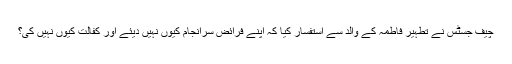
چیف جسٹس نے تطہیر فاطمہ کے والد سے استفسار کیا کہ اپنے فرائض سرانجام کیوں نہیں دیئے اور کفالت کیوں نہیں کی؟